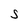
Character: S